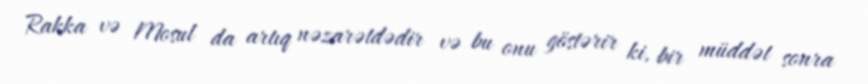
Rakka və Mosul da artıq nəzarətdədir və bu onu göstərir ki, bir müddət sonra